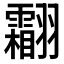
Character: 𱻦